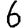
Digit: 6